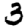
Digit: 3